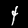
Digit: 4